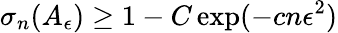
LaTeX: \sigma_{n}(A_{\epsilon})\geq 1-C\exp(-cn\epsilon^{2})